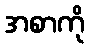
အစာကို